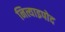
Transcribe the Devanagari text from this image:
नित्याइपोद